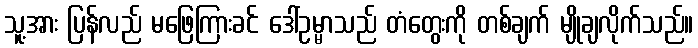
သူ့အား ပြန်လည် မဖြေကြားခင် ဒေါ်ဥမ္မာသည် တံတွေးကို တစ်ချက် မျိုချလိုက်သည်။